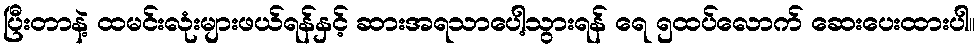
ပြီးတာနဲ့ ထမင်းလုံးများဖယ်ရန်နှင့် ဆားအရသာပေါ့သွားရန် ရေ ၅ထပ်လောက် ဆေးပေးထားပါ။